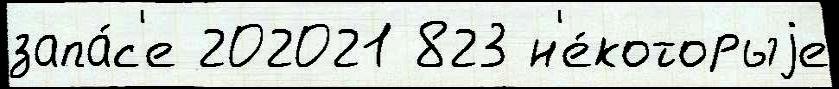
запа́с'е 202021 823 н'е́которыjе